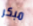
مبكر